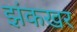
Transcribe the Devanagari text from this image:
झंकखर